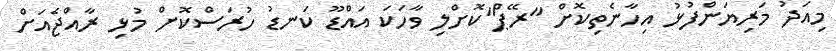
މިއަދު މަރިޔަންފުޅު އިހާނެތިކޮށް "ރޭޕް"ކޮށްލި ވާހަކަ އައްޑޫ ކަނޑު ހުރަސްކޮށް މުޅި ރާއްޖެއަށް